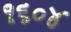
૧૬૦૪